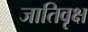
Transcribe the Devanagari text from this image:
जातिवृक्ष